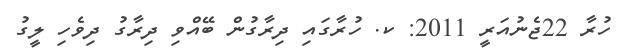
ހުރާ 22ޖެނުއަރީ 2011: ކ. ހުރާގައިި ދިރާގުން ބޭއްވި ދިރާގު ދިވެހި ލީގު